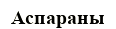
Аспараны